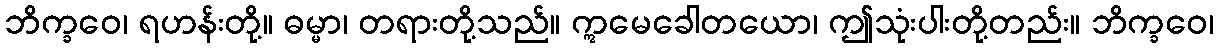
ဘိက္ခဝေ၊ ရဟန်းတို့။ ဓမ္မာ၊ တရားတို့သည်။ ဣမေခေါတယော၊ ဤသုံးပါးတို့တည်း။ ဘိက္ခဝေ၊